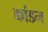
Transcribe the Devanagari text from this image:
कांडम्